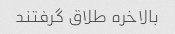
بالاخره طلاق گرفتند